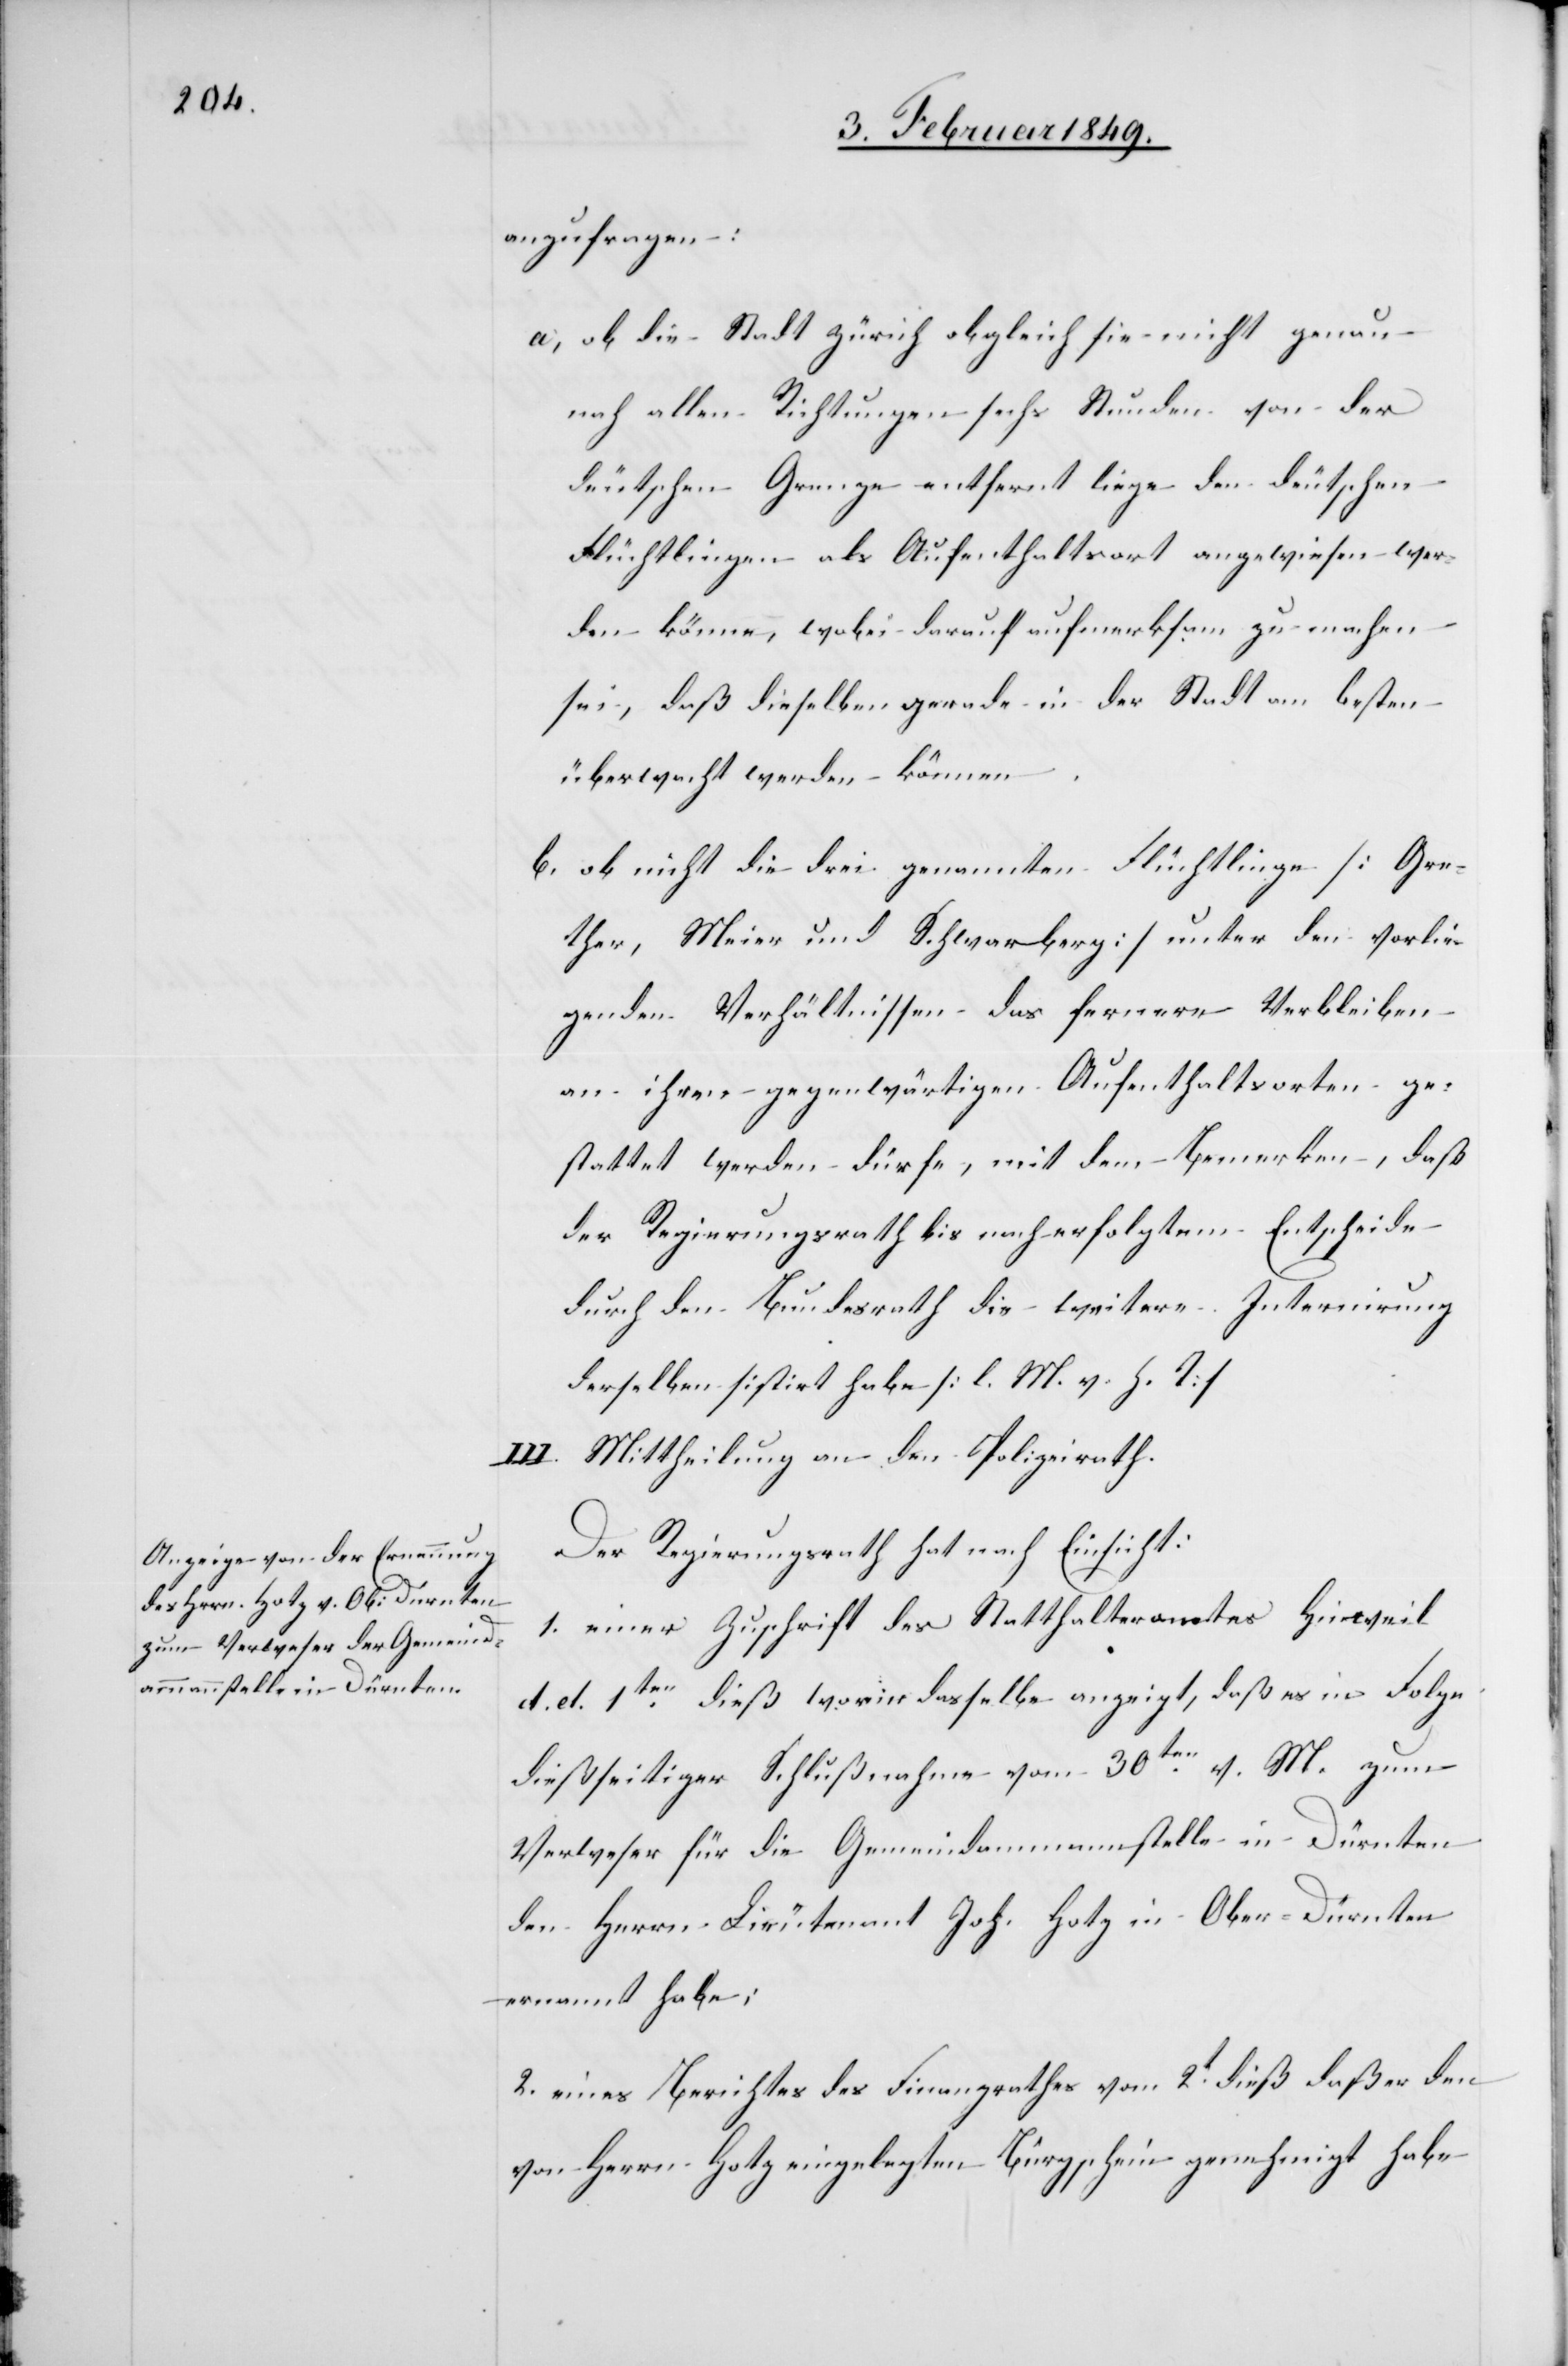
anzufragen:
a, ob die Stadt Zürich obgleich sie nicht genau
nach allen Richtungen sechs Stunden von der
deutschen Grenze entfernt liege den deutschen
Flüchtlingen als Aufenthaltsort angewiesen wer¬
den könne, wobei darauf aufmerksam zu machen
sei, daß dieselben gerade in der Stadt am besten
überwacht werden können.
b. ob nicht die drei genannten Flüchtlinge [Gre¬
ther, Meier und Schwarberg] unter den vorlie¬
genden Verhältnissen das fernere Verbleiben
an ihren gegenwärtigen Aufenthaltsorten ge¬
stattet werden dürfe, mit dem Bemerken, daß
der Regierungsrath bis nach erfolgtem Entscheide
durch den Bundesrath die weitere Internirung
derselben sistirt habe [l. M. v. h. T]
Mittheilung an den Polizeirath.
Der Regierungsrath hat nach Einsicht:
1. einer Zuschrift des Statthalteramtes Hinweil
d. d. 1ten. dieß worin dasselbe anzeigt, daß es in Folge
dießseitiger Schlußnahme vom 30ten. v. M. zum
Verweser für die Gemeindammannstelle in Dürnten
den Herrn Lieutenant Joh. Hotz in Ober-Dürnten
ernannt habe;
2. eines Berichtes des Finanzrathes vom 2t. dieß daß er den
von Herrn Hotz eingelegten Bürgschein genehmigt habe